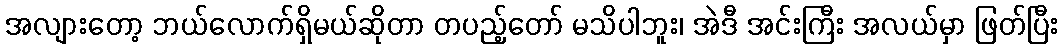
အလျားတော့ ဘယ်လောက်ရှိမယ်ဆိုတာ တပည့်တော် မသိပါဘူး၊ အဲဒီ အင်းကြီး အလယ်မှာ ဖြတ်ပြီး